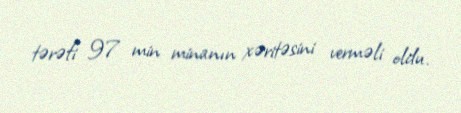
tərəfi 97 min minanın xəritəsini verməli oldu.